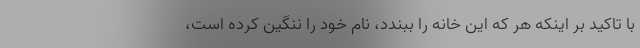
با تاکید بر اینکه هر که این خانه را ببندد، نام خود را ننگین کرده است،